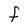
Character: F